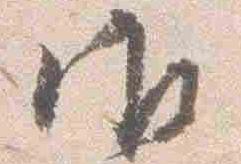
御